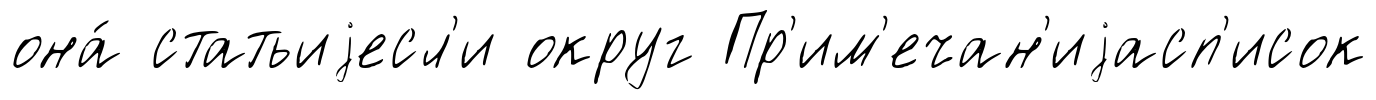
она́ статьиjесл'и округ Пр'им'ечан'иjасп'исок